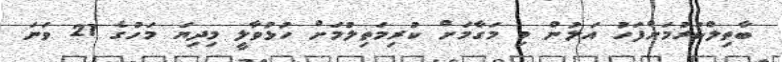
ބާތިލްކުރުމަށްފަހު އަލުން މި މަގާމަށް ކުރިމަތިލުމަށް ހުޅުވާލީ މިދިޔަ މަހުގެ 21 ވަނަ